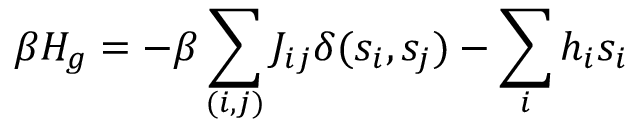
\beta H _ { g } = - \beta \sum _ { ( i , j ) } J _ { i j } \delta ( s _ { i } , s _ { j } ) - \sum _ { i } h _ { i } s _ { i }